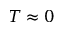
T \approx 0